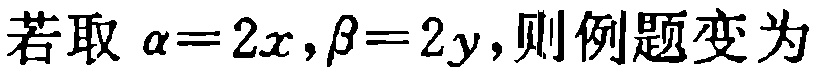
若取 \(\alpha = 2x,\beta = 2y\)，则例题变为